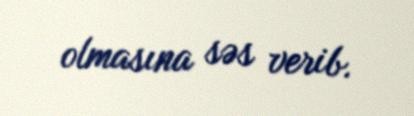
olmasına səs verib.